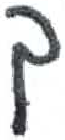
אות: ך